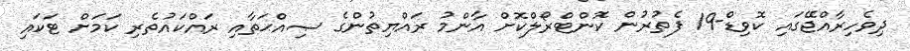
ދިވެހިރާއްޖޭގައި ކޮވިޑް-19 ފެތުރުން ކޮންޓްރޯލްކޮށް އާންމު ރައްޔިތުންގެ ޞިއްޙަތާއި ރައްކައުތެރި ކަމަށް ޓަކައި